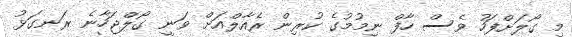
މި ގޯލަށްފަހު ވެސް ހާފް ނިމުމުގެ ކުރިން ރެއާލްއަށް ވަނީ ގޯލްޖަހާނެ ރަނގަޅު